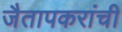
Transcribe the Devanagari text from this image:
जैतापकरांची